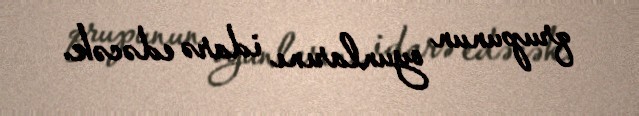
qrupunun oyunlarını idarə edəcək.